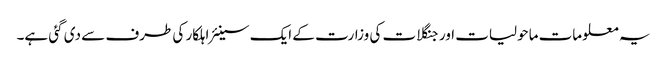
یہ معلومات ماحولیات اور جنگلات کی وزارت کے ایک سینئر اہلکار کی طرف سے دی گئی ہے۔